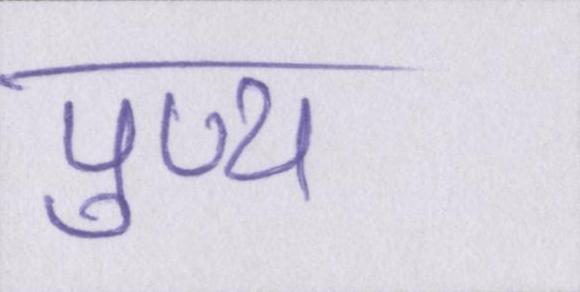
पुण्य